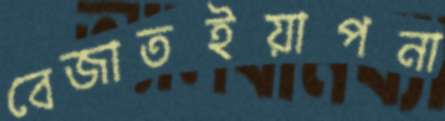
বেজাতইয়াপনা